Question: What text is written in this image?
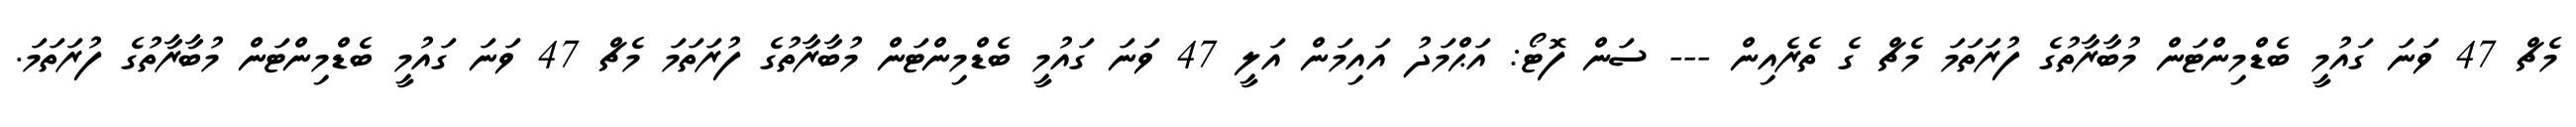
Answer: މެޗް 47 ވަނަ ގައުމީ ބެޑްމިންޓަން މުބާރާތުގެ ފުރަތަމަ މެޗް ގެ ތެރެއިން --- ސަން ފޮޓޯ: އަޙްމަދު އައިމަން އަލީ 47 ވަނަ ގައުމީ ބެޑްމިންޓަން މުބާރާތުގެ ފުރަތަމަ މެޗް 47 ވަނަ ގައުމީ ބެޑްމިންޓަން މުބާރާތުގެ ފުރަތަމަ.